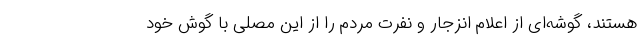
هستند، گوشه‌ای از اعلام انزجار و نفرت مردم را از این مصلی با گوش خود